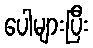
ပေါများပြီး